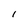
Character: I